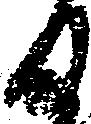
日